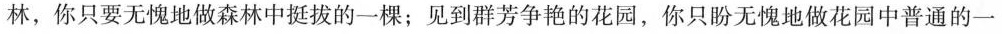
林中挺拔的一棵；见到群芳争艳的花园，你只盼无愧地做花园中普通的一